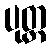
ပုတ္တ